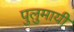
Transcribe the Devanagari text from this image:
पुलुमायी